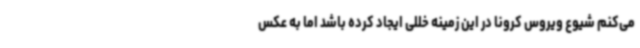
می‌کنم شیوع ویروس کرونا در این زمینه خللی ایجاد کرده باشد اما به عکس